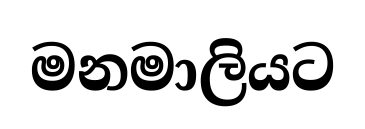
මනමාලියට